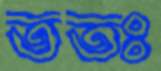
ততঃ